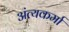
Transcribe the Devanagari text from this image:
अंत्यकर्मा